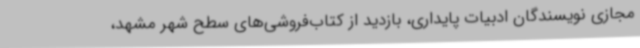
مجازی نویسندگان ادبیات پایداری، بازدید از کتاب‌فروشی‌های سطح شهر مشهد،